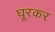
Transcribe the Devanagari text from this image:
घूरकर